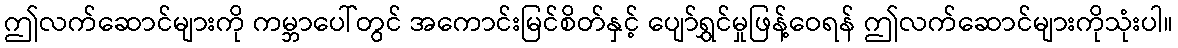
ဤလက်ဆောင်များကို ကမ္ဘာပေါ်တွင် အကောင်းမြင်စိတ်နှင့် ပျော်ရွှင်မှုဖြန့်ဝေရန် ဤလက်ဆောင်များကိုသုံးပါ။